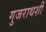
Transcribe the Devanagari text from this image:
गुजराथशी